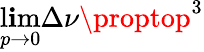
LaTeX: \operatorname*{l\mathbf{i}m}_{p\rightarrow0}\Delta\nu\proptop^{3}